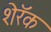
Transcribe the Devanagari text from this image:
शेरॅक